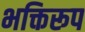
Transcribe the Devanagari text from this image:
भक्तिरूप